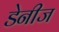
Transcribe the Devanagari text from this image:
डेनीज